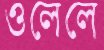
ওলেলে